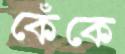
কেঁকে